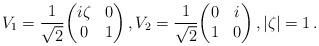
LaTeX: \begin{align*} V_1 = \frac{1}{\sqrt{2}} \biggl( \begin{matrix} i\zeta & 0 \\ 0 & 1 \end{matrix} \biggr) \,, V_2 = \frac{1}{\sqrt{2}} \biggl( \begin{matrix} 0 & i \\ 1 & 0\end{matrix} \biggr) \,, |\zeta|=1\,.\end{align*}